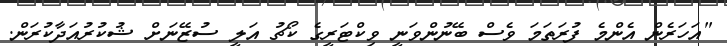
"އަހަރެން އެންމެ ފުރަތަމަ ވެސް ބޭނުންވަނީ ވިކްޓަރީގެ ކޯޗު އަލީ ސުޒޭނަށް ޝުކުރުއަދާކުރަން.